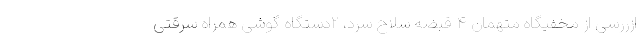
ازررسی از مخفیگاه متهمان ۴ قبضه سلاح سرد، ۲دستگاه گوشی همراه سرقتی